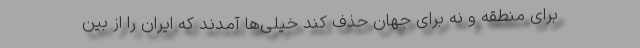
برای منطقه و نه برای جهان حذف کند خیلی‌ها آمدند که ایران را از بین